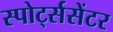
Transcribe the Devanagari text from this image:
स्पोर्ट्ससेंटर